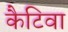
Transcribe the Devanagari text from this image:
कैटिवा